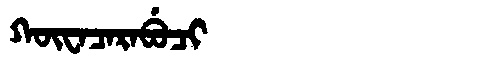
Manchu: ᡴᡡᠸᠠᠴᠠᡵᠠᠪᡠᠴᡳ
Romanization: KŪWACARABUCI